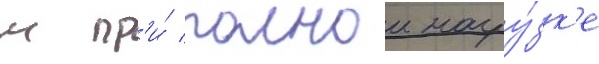
м пр'и́ полнои нагру́зк'е